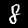
Digit: 8